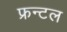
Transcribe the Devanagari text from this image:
फ्रन्‍टल